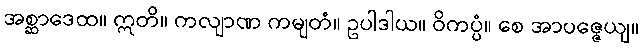
အစ္ဆာဒေထ။ ဣတိ။ ကလျာဏ ကမျတံ။ ဥပါဒါယ။ ဝိကပ္ပံ။ စေ အာပဇ္ဇေယျ။